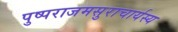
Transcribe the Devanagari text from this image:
पुष्पराजमसुराचार्यस्य